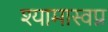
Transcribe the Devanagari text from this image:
श्यामास्वप्न